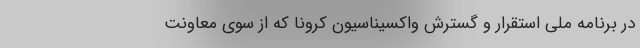
در برنامه ملی استقرار و گسترش واکسیناسیون کرونا که از سوی معاونت